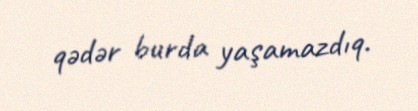
qədər burda yaşamazdıq.